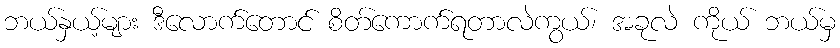
ဘယ်နှယ့်များ ဒီလောက်တောင် စိတ်ကောက်ရတာလဲကွယ်၊ အခုလဲ ကိုယ် ဘယ်မှ